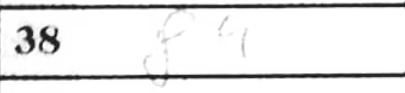
Transcription: f4